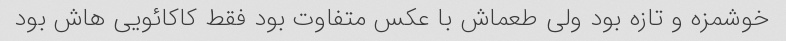
خوشمزه و تازه بود ولی طعماش با عکس متفاوت بود فقط کاکائویی هاش بود